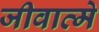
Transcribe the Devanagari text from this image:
जीवात्मे